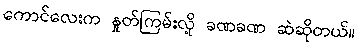
ကောင်လေးက နှုတ်ကြမ်းလို့ ခဏခဏ ဆဲဆိုတယ်။